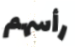
رأسهم